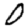
Digit: 0